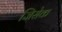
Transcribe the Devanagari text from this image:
जिसेक